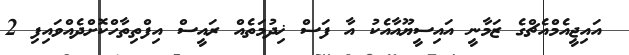
އައިޖީއެމްއެޗްގެ ޒަމާނީ އައިސީޔޫއާއެކު އާ ފަސް ޚިދުމަތެއް ރައީސް އިފްތިތާހްކޮށްދެއްވައިފި 2